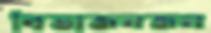
বিভাজনজন